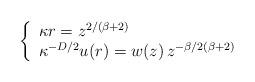
LaTeX: \begin{align*}\left\{ \begin{array}{l}\kappa r = z^{2/(\beta + 2)}\\ \kappa^{-D/2} u (r) = w (z) \,z^{-\beta/2(\beta + 2)}\end{array}\right.\;\end{align*}